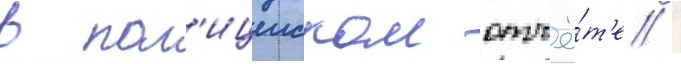
в пол'ицеиском отчё́т'е /